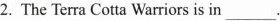
2. The Terra Cotta Warriors is in ___ .